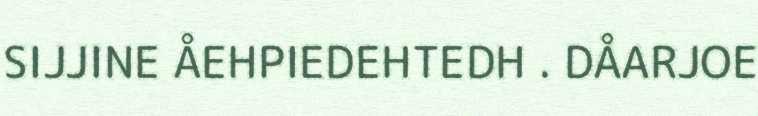
SIJJINE ÅEHPIEDEHTEDH . DÅARJOE